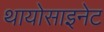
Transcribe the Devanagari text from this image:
थायोसाइनेट